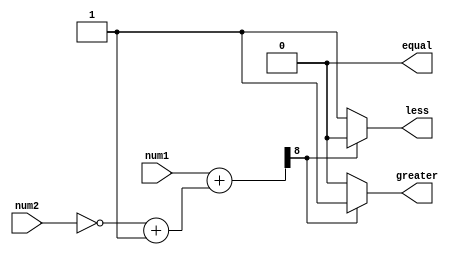
module Magnitude_comparator (
    input [7:0] num1,
    input [7:0] num2,
    output reg greater,
    output reg less,
    output reg equal
);

reg [8:0] diff;

always @* begin
    diff = num1 + (~num2 + 1);

    if(diff[8] == 1) begin
        greater = 1;
        less = 0;
        equal = 0;
    end
    else if(diff[8] == 0) begin
        greater = 0;
        less = 1;
        equal = 0;
    end
    else begin
        greater = 0;
        less = 0;
        equal = 1;
    end
end

endmodule